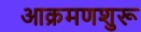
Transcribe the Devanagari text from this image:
आक्रमणशुरू